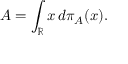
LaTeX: A = \int _ { \mathbb { R } } x \, d \pi _ { A } ( x ) .